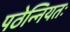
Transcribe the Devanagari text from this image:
पठेन्नियतः